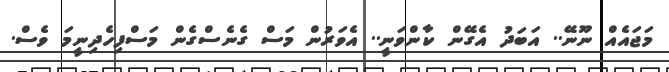
މަޖައެއް ނޫނޭ.. އަބަދު އެގޭން ކާންވަނީ.. އެވަރުން މަސް ގެނެސްގެން މަސްފިހެދިނީމަ ވެސް.